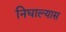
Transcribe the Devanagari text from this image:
निघाल्यास